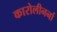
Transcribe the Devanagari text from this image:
कारोलीनर्ना